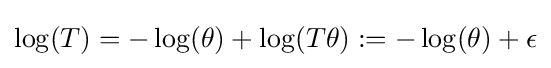
\log(T)=-\log(\theta )+\log(T\theta ):=-\log(\theta )+\epsilon